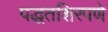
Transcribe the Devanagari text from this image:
पद्धतशिरपणे